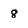
Character: 8